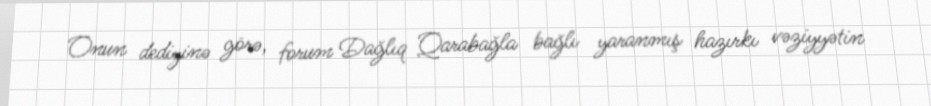
Onun dediyinə görə, forum Dağlıq Qarabağla bağlı yaranmış hazırkı vəziyyətin